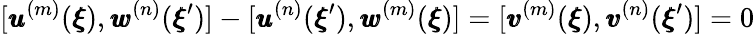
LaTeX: [{\pmb u}^{(m)}({\pmb\xi}),{\pmb w}^{(n)}({\pmb\xi}^{\prime})]-[{\pmb u}^{(n)}({\pmb\xi}^{\prime}),{\pmb w}^{(m)}({\pmb\xi})]=[{\pmb v}^{(m)}({\pmb\xi}),{\pmb v}^{(n)}({\pmb\xi}^{\prime})]=0